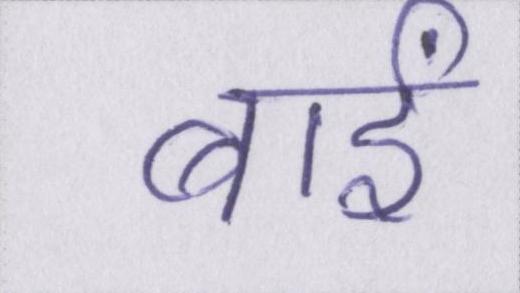
बाईं